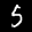
Label: 5